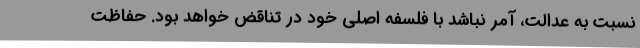
نسبت به عدالت، آمر نباشد با فلسفه اصلی خود در تناقض خواهد بود. حفاظت